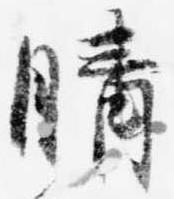
晴